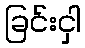
ခြင်းငှါ